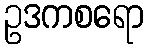
ဥဒကစရော